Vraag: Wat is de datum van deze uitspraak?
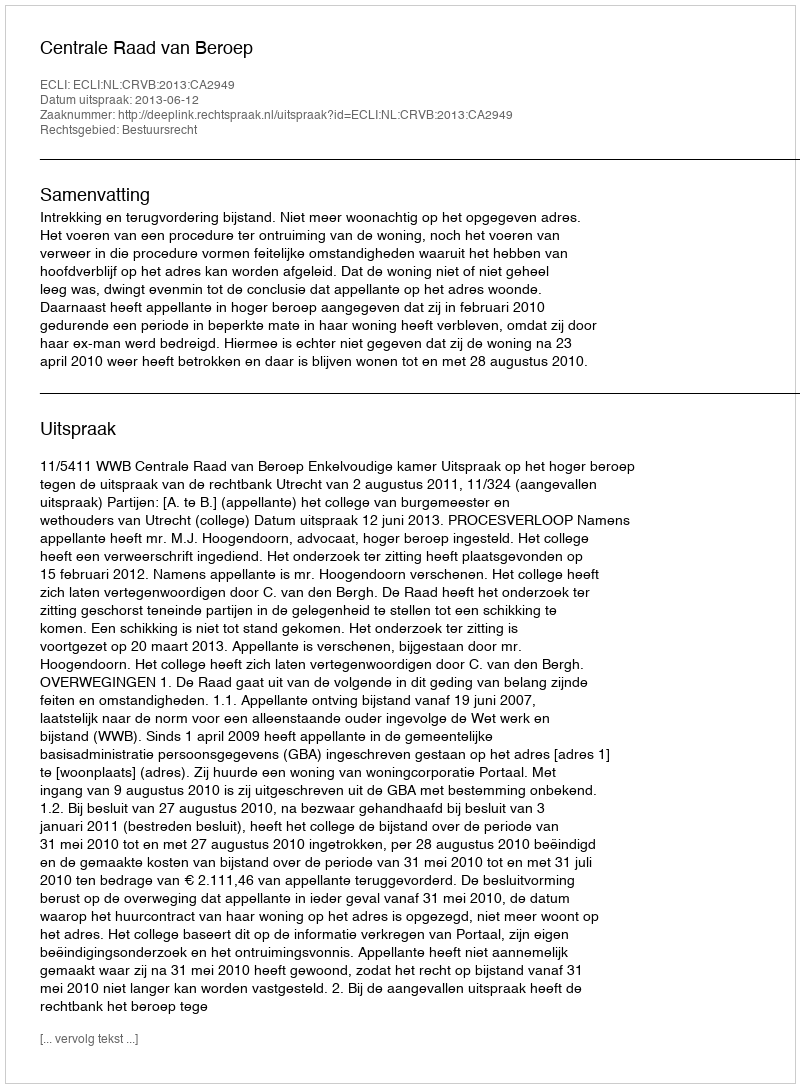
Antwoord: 2013-06-12